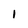
Character: I